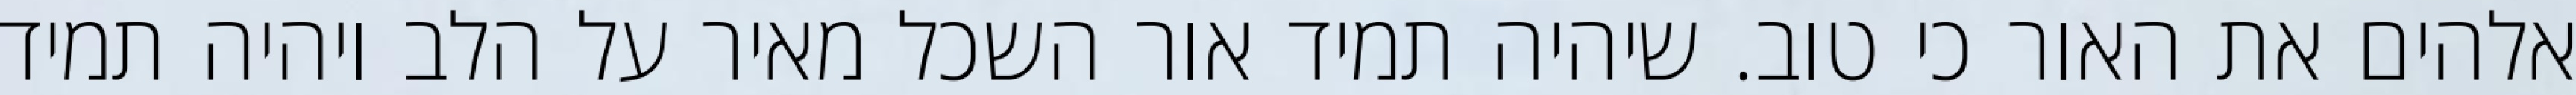
אלהים את האור כי טוב. שיהיה תמיד אור השכל מאיר על הלב ויהיה תמיד